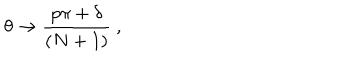
\theta \rightarrow { \frac { p \pi + \delta } { ( N + 1 ) } } \ ,